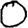
Digit: 0